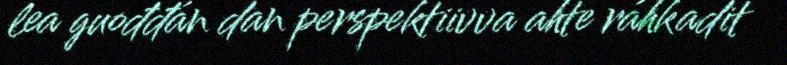
lea guođđán dan perspektiivva ahte ráhkadit